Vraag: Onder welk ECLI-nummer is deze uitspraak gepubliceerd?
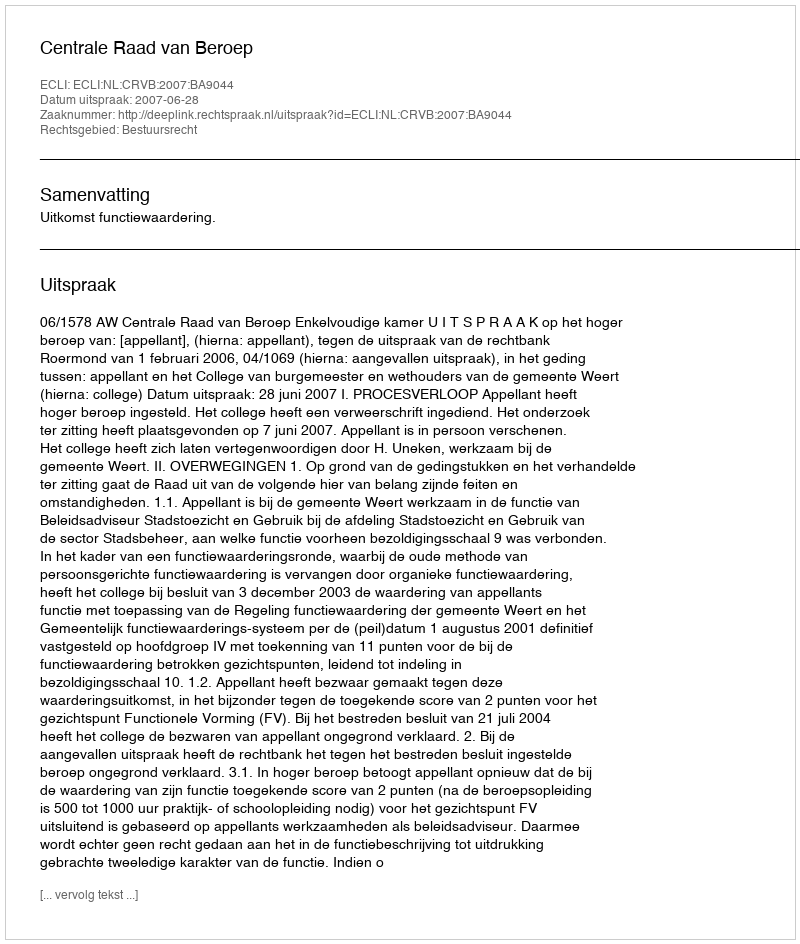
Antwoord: ECLI:NL:CRVB:2007:BA9044